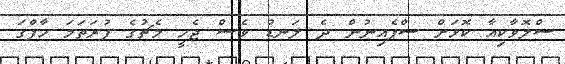
ސްލޮވާކިއާ ކޮޅަށް ސްޕެއިނުން ދެ ލަނޑު ވެސް ޖެހީ މެޗުގެ ފުރަތަމަ ހާފްގަ